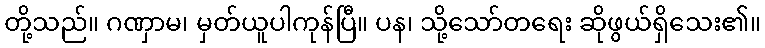
တို့သည်။ ဂဏှာမ၊ မှတ်ယူပါကုန်ပြီ။ ပန၊ သို့သော်တရေး ဆိုဖွယ်ရှိသေး၏။